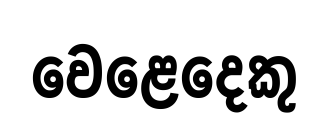
වෙළෙදෙකු